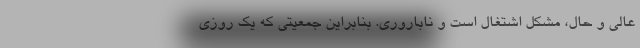
عالی و حال، مشکل اشتغال است و ناباروری. بنابراین جمعیتی که یک روزی